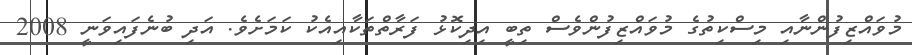
މުވައްޒިފުންނާއި މިސްކިތުގެ މުވައްޒިފުންވެސް ތިބީ އިދިކޮޅު ފަރާތްތަކާއިއެކު ކަމަށެވެ. އަދި ބުނެފައިވަނީ 2008